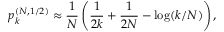
p _ { k } ^ { ( N , 1 / 2 ) } \approx \frac { 1 } { N } \left( \frac { 1 } { 2 k } + \frac { 1 } { 2 N } - \log ( k / N ) \right) ,